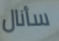
سأنال